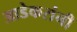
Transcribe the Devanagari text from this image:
आडेकरांनी